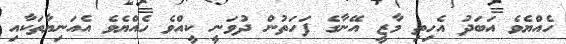
ހެއްޔެވެ އަބަދު އެހިތި މާޒީ އޭނާގެ ފަހަތުން ދުވަނީ ކީއްވެ ހެއްޔެވެ އެއަނިޔާތަކާއި